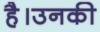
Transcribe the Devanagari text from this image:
है।उनकी